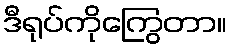
ဒီရုပ်ကိုကြွေတာ။